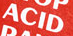
ACID